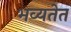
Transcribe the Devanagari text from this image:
भव्यतेत